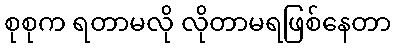
စုစုက ရတာမလို လိုတာမရဖြစ်နေတာ